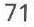
71